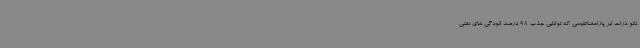
نانو ذرات ابر پارامغناطیسی که توانایی جذب 98 درصد الودگی های نفتی